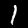
Digit: 1